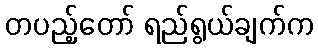
တပည့်တော် ရည်ရွယ်ချက်က